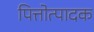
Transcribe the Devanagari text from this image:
पित्तोत्पादक